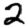
Digit: 2